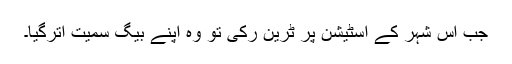
جب اس شہر کے اسٹیشن پر ٹرین رکی تو وہ اپنے بیگ سمیت اترگیا۔